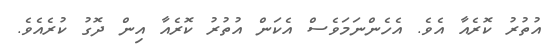
އުތުރު ކޮރެއާ އެވެ. އެހެންނަމަވެސް އެކަން އުތުރު ކޮރެއާ އިން ދޮގު ކުރެއެވެ.